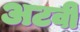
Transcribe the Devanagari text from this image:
अटवी